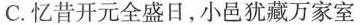
C.忆昔开元全盛日，小邑犹藏万家室